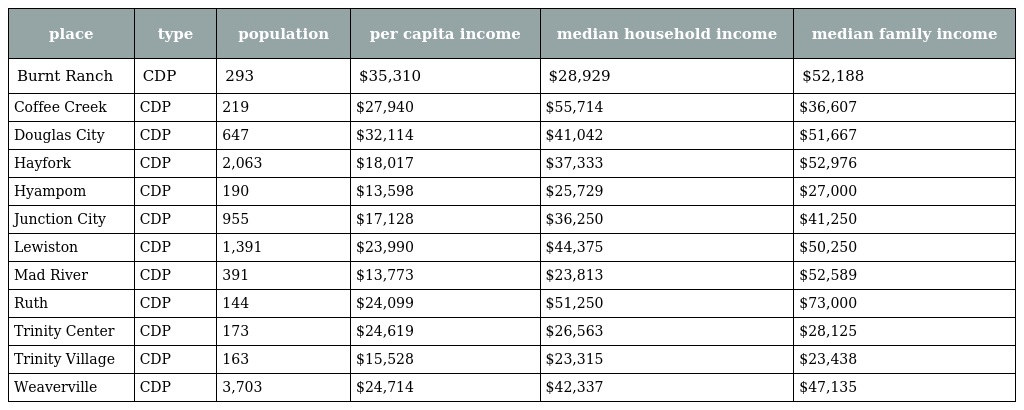
| place | type | population | per capita income | median household income | median family income |
 | --- | --- | --- | --- | --- | --- |
 | Burnt Ranch | CDP | 293 | $35,310 | $28,929 | $52,188 |
 | Coffee Creek | CDP | 219 | $27,940 | $55,714 | $36,607 |
 | Douglas City | CDP | 647 | $32,114 | $41,042 | $51,667 |
 | Hayfork | CDP | 2,063 | $18,017 | $37,333 | $52,976 |
 | Hyampom | CDP | 190 | $13,598 | $25,729 | $27,000 |
 | Junction City | CDP | 955 | $17,128 | $36,250 | $41,250 |
 | Lewiston | CDP | 1,391 | $23,990 | $44,375 | $50,250 |
 | Mad River | CDP | 391 | $13,773 | $23,813 | $52,589 |
 | Ruth | CDP | 144 | $24,099 | $51,250 | $73,000 |
 | Trinity Center | CDP | 173 | $24,619 | $26,563 | $28,125 |
 | Trinity Village | CDP | 163 | $15,528 | $23,315 | $23,438 |
 | Weaverville | CDP | 3,703 | $24,714 | $42,337 | $47,135 |